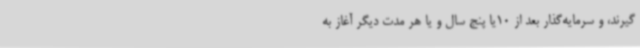
‌گیرند، و سرمایه‌گذار بعد از 10یا پنج سال و یا هر مدت دیگر آغاز به